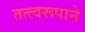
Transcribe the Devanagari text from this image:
तत्त्वरूपाने